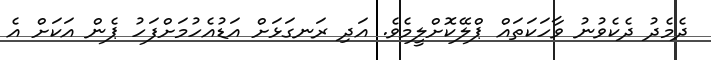
ދެމެދު ދެކެވުނު ވާހަކަތައް ޕްލޭކޮށްލީމެވެ. އަދި ރަނގަޅަށް އަޑުއެހުމަށްފަހު ޕެން އަކަށް އެ